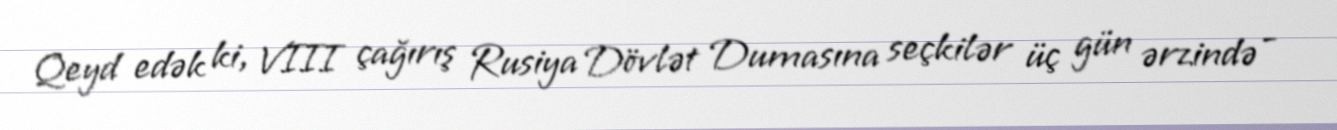
Qeyd edək ki, VIII çağırış Rusiya Dövlət Dumasına seçkilər üç gün ərzində -